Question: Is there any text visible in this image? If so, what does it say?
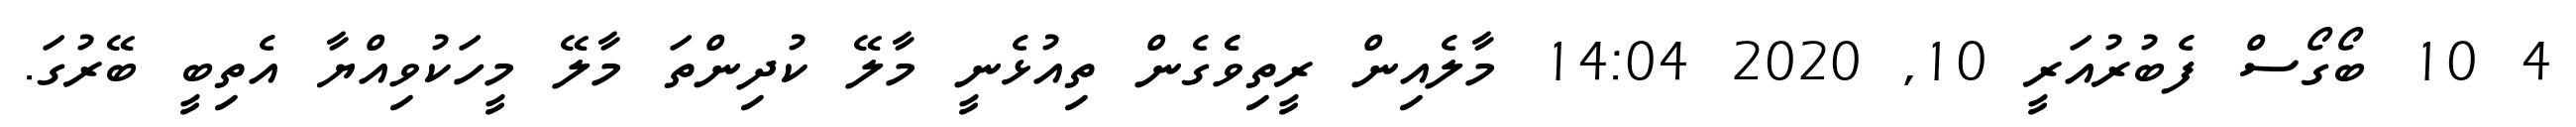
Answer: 4 10 ބޯގޯސް ފެބުރުއަރީ 10, 2020 14:04 މާލެއިން ރީތިވެެގެން ތިއުޅެނީ މާލޭ ކުދިންތަ މާލޭ މީހަކުވިއްޔާ އެތިބީ ބޭރުގަ.